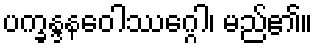
ပက္ခန္ဒနဝေါဿဂ္ဂေါ၊ မည်၏။